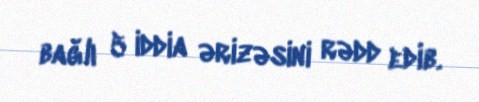
bağlı 5 iddia ərizəsini rədd edib.